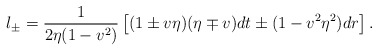
\begin{align*} l_\pm=\frac{1}{2\eta(1-v^2)}\left[(1\pm v\eta)(\eta\mp v)dt\pm(1-v^2\eta^2)dr\right].\end{align*}